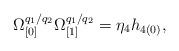
LaTeX: \begin{align*}\Omega _{\lbrack 0]}^{q_{1}/q_{2}}\Omega _{\lbrack 1]}^{q_{1}/q_{2}}=\eta_{4}h_{4(0)},\end{align*}